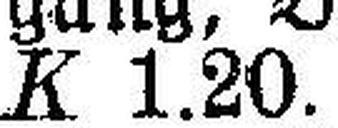
K 1.20.